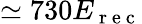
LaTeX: \simeq 730E_{\mathrm{~r~e~c~}}